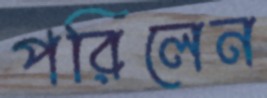
পরিলেন